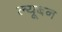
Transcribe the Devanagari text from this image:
ल्यूबन